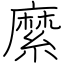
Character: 縻